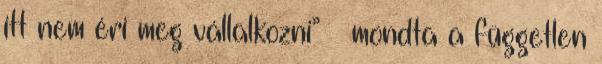
itt nem éri meg vállalkozni” – mondta a független